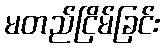
မတည်ငြိမ်ခြင်း